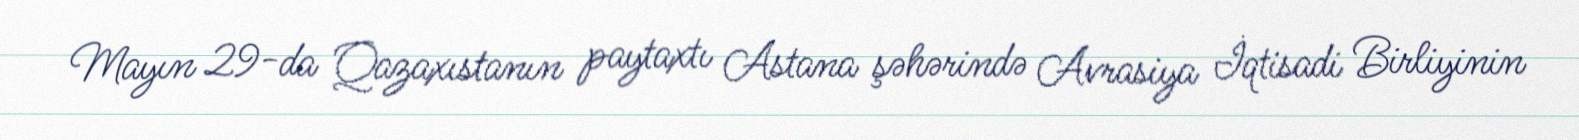
Mayın 29-da Qazaxıstanın paytaxtı Astana şəhərində Avrasiya İqtisadi Birliyinin